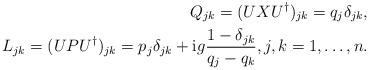
LaTeX: \begin{align*}Q_{jk}=(UXU^\dag)_{jk}=q_j\delta_{jk},\\L_{jk}=(UPU^\dag)_{jk}=p_j\delta_{jk}+\mathrm{i} g\frac{1-\delta_{jk}}{q_j-q_k},j,k=1,\dots,n.\end{align*}